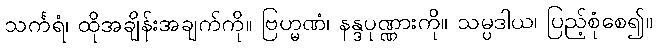
သင်္ကရံ၊ ထိုအချိန်းအချက်ကို။ ဗြဟ္မဏံ၊ နန္ဒပုဏ္ဏားကို။ သမ္ပဒါယ၊ ပြည့်စုံစေ၍။